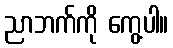
ညာဘက်ကို ကွေ့ပါ။